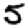
Digit: 5